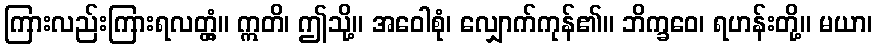
ကြားလည်းကြားရလတ္တံ့။ ဣတိ၊ ဤသို့။ အဝေါစုံ၊ လျှောက်ကုန်၏။ ဘိက္ခဝေ၊ ရဟန်းတို့။ မယာ၊